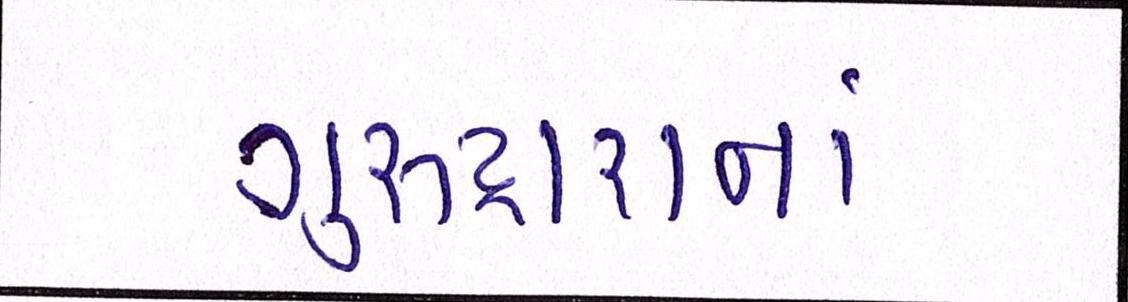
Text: ગુરુદ્વારાનાં